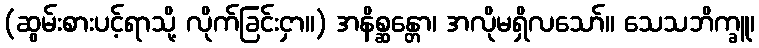
(ဆွမ်းစားပင့်ရာသို့ လိုက်ခြင်းငှာ။) အနိစ္ဆန္တော၊ အလိုမရှိလသော်။ သေသဘိက္ခူ၊